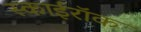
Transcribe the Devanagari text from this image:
स्काईरॉक